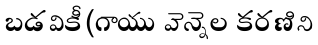
బడవికీ(గాయు వెన్నెల కరణిని